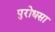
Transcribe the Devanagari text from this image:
पुरोधसा